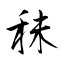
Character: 秣